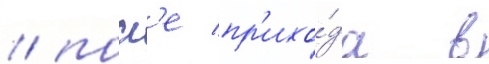
/ посл'е пр'ихо́да в